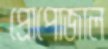
প্রোপোজাল